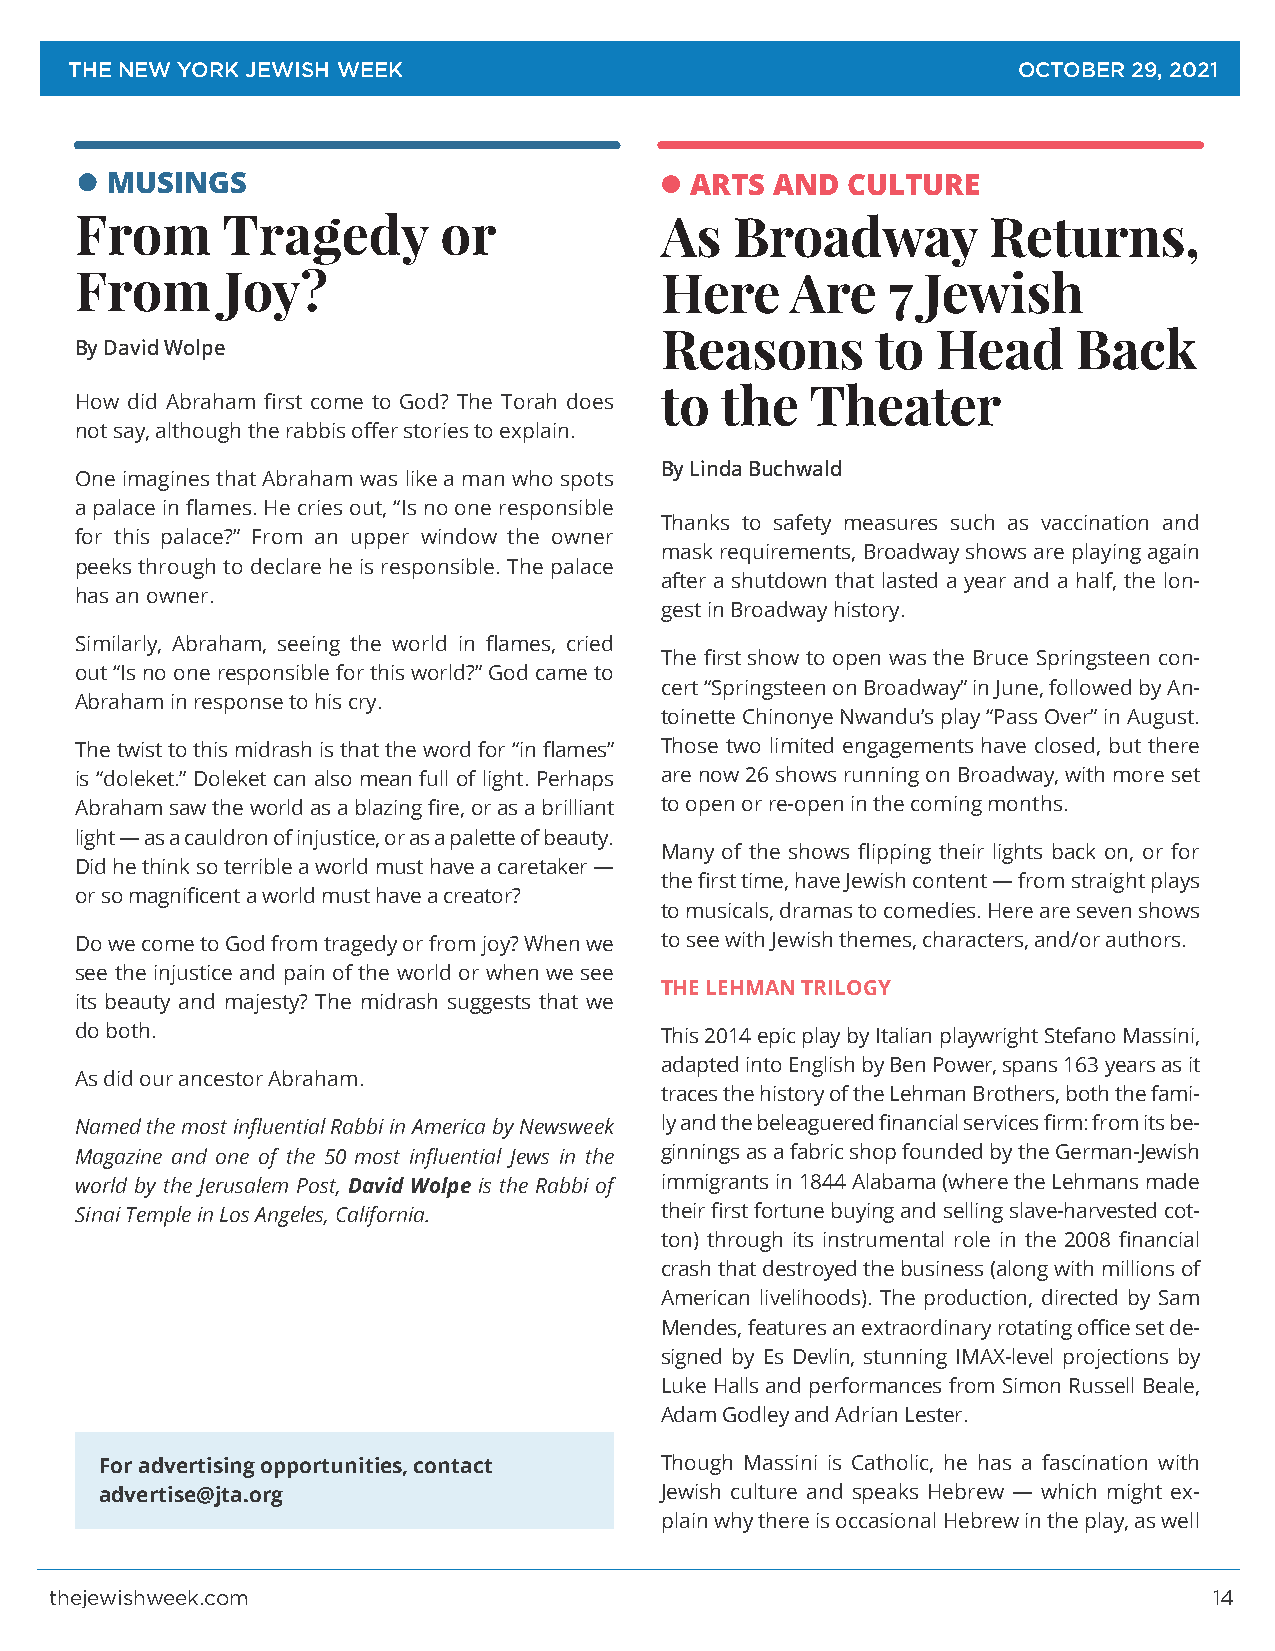
THE NEW YORK JEWISH WEEK                                      OCTOBER 29, 2021
 MUSINGS                                ARTS AND  CULTURE
 From      Tragedy       or             As   Broadway        Returns,
 From      Joy?                         Here    Are    7 Jewish
 Reasons       to  Head     Back
 By David Wolpe
 to  the   Theater
 How did Abraham first come to God? The Torah does
 not say, although the rabbis offer stories to explain.
 By Linda Buchwald
 One imagines that Abraham was like a man who spots
 a palace in flames. He cries out, “Is no one responsible
 Thanks to safety measures such as vaccination and
 for this palace?” From an upper window the owner
 mask requirements, Broadway shows are playing again
 peeks through to declare he is responsible. The palace
 after a shutdown that lasted a year and a half, the lon-
 has an owner.
 gest in Broadway history.
 Similarly, Abraham, seeing the world in flames, cried
 The first show to open was the Bruce Springsteen con-
 out “Is no one responsible for this world?” God came to
 cert “Springsteen on Broadway” in June, followed by An-
 Abraham in response to his cry.
 toinette Chinonye Nwandu’s play “Pass Over” in August.
 The twist to this midrash is that the word for “in flames” Those two limited engagements have closed, but there
 is “doleket.” Doleket can also mean full of light. Perhaps are now 26 shows running on Broadway, with more set
 Abraham saw the world as a blazing fire, or as a brilliant to open or re-open in the coming months.
 light — as a cauldron of injustice, or as a palette of beauty.
 Many of the shows flipping their lights back on, or for
 Did he think so terrible a world must have a caretaker —
 the first time, have Jewish content — from straight plays
 or so magnificent a world must have a creator?
 to musicals, dramas to comedies. Here are seven shows
 Do we come to God from tragedy or from joy? When we to see with Jewish themes, characters, and/or authors.
 see the injustice and pain of the world or when we see
 THE LEHMAN TRILOGY
 its beauty and majesty? The midrash suggests that we
 do both.                               This 2014 epic play by Italian playwright Stefano Massini,
 adapted into English by Ben Power, spans 163 years as it
 As did our ancestor Abraham.
 traces the history of the Lehman Brothers, both the fami-
 Named the most influential Rabbi in America by Newsweek ly and the beleaguered financial services firm: from its be-
 Magazine and one of the 50 most influential Jews in the ginnings as a fabric shop founded by the German-Jewish
 world by the Jerusalem Post, David Wolpe is the Rabbi of immigrants in 1844 Alabama (where the Lehmans made
 Sinai Temple in Los Angeles, California. their first fortune buying and selling slave-harvested cot-
 ton) through its instrumental role in the 2008 financial
 crash that destroyed the business (along with millions of
 American livelihoods). The production, directed by Sam
 Mendes, features an extraordinary rotating office set de-
 signed by Es Devlin, stunning IMAX-level projections by
 Luke Halls and performances from Simon Russell Beale,
 Adam Godley and Adrian Lester.
 For advertising opportunities, contact Though Massini is Catholic, he has a fascination with
 advertise@jta.org                    Jewish culture and speaks Hebrew — which might ex-
 plain why there is occasional Hebrew in the play, as well
 thejewishweek.com                                                            14